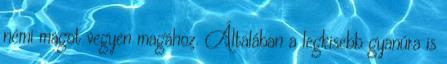
némi magot vegyen magához. Általában a legkisebb gyanúra is